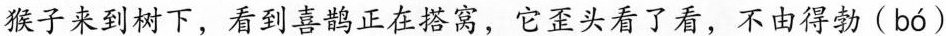
猴子来到树下，看到喜鹊正在搭窝，它歪头看了看，不由得勃( bó )